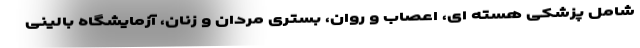
شامل پزشکی هسته ای، اعصاب و روان، بستری مردان و زنان، آزمایشگاه بالینی